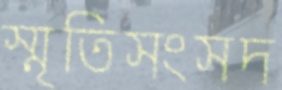
স্মৃতিসংসদ